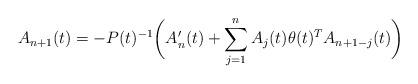
LaTeX: \begin{align*} A_{n+1}(t) = - P(t)^{-1} \bigg( A_{n}'(t) + \sum_{j=1}^{n} A_{j}(t) \theta(t)^{T} A_{n+1-j}(t) \bigg)\end{align*}